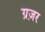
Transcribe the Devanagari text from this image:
ग्रज़र